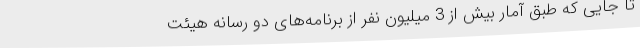
تا جایی که طبق آمار بیش از 3 میلیون نفر از برنامه‌های دو رسانه هیئت